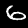
Label: 6